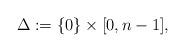
LaTeX: \begin{align*} \Delta := \{0\} \times [0,n-1] , \end{align*}